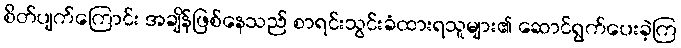
စိတ်ပျက်ကြောင်း အချိန်ဖြစ်နေသည် စာရင်းသွင်းခံထားရသူများ၏ ဆောင်ရွက်ပေးခဲ့ကြ